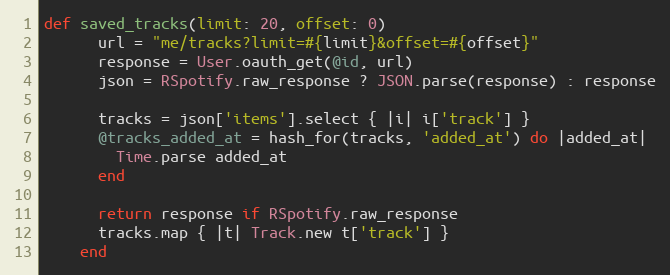
Language: Ruby
def saved_tracks(limit: 20, offset: 0)
      url = "me/tracks?limit=#{limit}&offset=#{offset}"
      response = User.oauth_get(@id, url)
      json = RSpotify.raw_response ? JSON.parse(response) : response

      tracks = json['items'].select { |i| i['track'] }
      @tracks_added_at = hash_for(tracks, 'added_at') do |added_at|
        Time.parse added_at
      end

      return response if RSpotify.raw_response
      tracks.map { |t| Track.new t['track'] }
    end